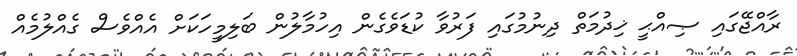
ރާއްޖޭގައި ޞިއްޙީ ޚިދުމަތް ދިނުމުގައި ފަރުވާ ކުޑަވެގެން އިހުމާލުން ބަލިމީހަކަށް އެއްވެސް ގެއްލުމެއް